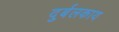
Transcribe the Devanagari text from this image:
दुर्बलकाय